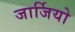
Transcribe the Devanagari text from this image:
जार्जियो